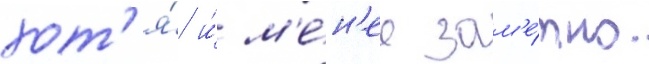
хот'я́ и́ м'е́н'ее зам'е́тно